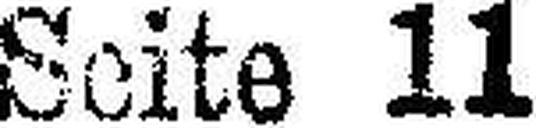
Seite 11